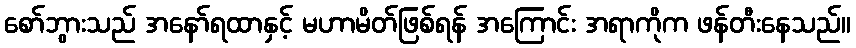
စော်ဘွားသည် အနော်ရထာနှင့် မဟာမိတ်ဖြစ်ရန် အကြောင်း အရာကိုက ဖန်တီးနေသည်။